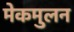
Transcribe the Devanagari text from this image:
मेकमुलन